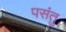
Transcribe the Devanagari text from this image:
पसंतु